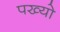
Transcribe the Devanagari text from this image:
पख्‍यो